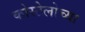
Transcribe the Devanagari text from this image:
कोस्टेलोच्या